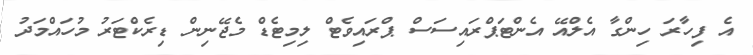
އެ ފިހާރަ ހިންގާ އެލްއޭ އެންޓަޕްރައިސަސް ޕްރައިވެޓް ލިމިޓެޑް މެޖޭނިން ޑިރެކްޓަރު މުހައްމަދު